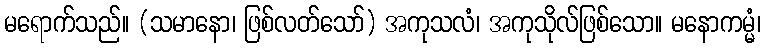
မရောက်သည်။ (သမာနော၊ ဖြစ်လတ်သော်) အကုသလံ၊ အကုသိုလ်ဖြစ်သော။ မနောကမ္မံ၊